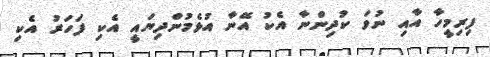
ފިރިމީހާ އާއި ނުވަ ކުދިންނާ އެކު އޭނާ އުޅެމުންދިޔައީ އެކި ފަހަރު އެކި